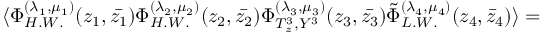
\langle \Phi _ { H . W . } ^ { ( \lambda _ { 1 } , \mu _ { 1 } ) } ( z _ { 1 } , \bar { z _ { 1 } } ) \Phi _ { H . W . } ^ { ( \lambda _ { 2 } , \mu _ { 2 } ) } ( z _ { 2 } , \bar { z _ { 2 } } ) \Phi _ { T _ { z } ^ { 3 } , Y ^ { 3 } } ^ { ( \lambda _ { 3 } , \mu _ { 3 } ) } ( z _ { 3 } , \bar { z _ { 3 } } ) \tilde { \Phi } _ { L . W . } ^ { ( \lambda _ { 4 } , \mu _ { 4 } ) } ( z _ { 4 } , \bar { z } _ { 4 } ) \rangle =